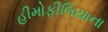
હીમોફીલિયાના